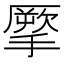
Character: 𢴺